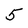
Character: 5